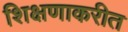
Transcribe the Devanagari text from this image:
शिक्षणाकरीत